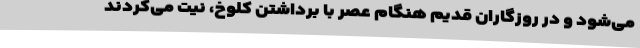
می‌شود و در روزگاران قدیم هنگام عصر با برداشتن کلوخ، نیت می‌کردند